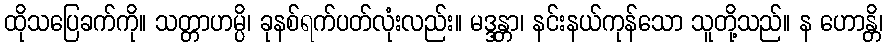
ထိုသပြေခက်ကို။ သတ္တာဟမ္ပိ၊ ခုနစ်ရက်ပတ်လုံးလည်း။ မဒ္ဒန္တာ၊ နင်းနယ်ကုန်သော သူတို့သည်။ န ဟောန္တိ၊